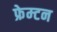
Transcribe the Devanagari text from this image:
फ्रेम्टन